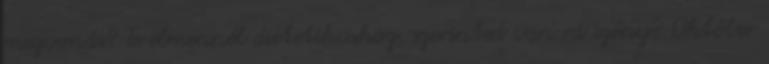
megvonás? Te elmennél dietetikushoz, szerinted van rá igény? Október